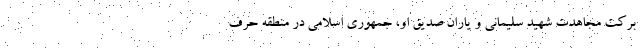
برکت مجاهدت شهید سلیمانی و یاران صدیق او، جمهوری اسلامی در منطقه حرف